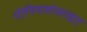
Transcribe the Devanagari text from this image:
पीनियलोसाइट